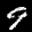
Label: 9